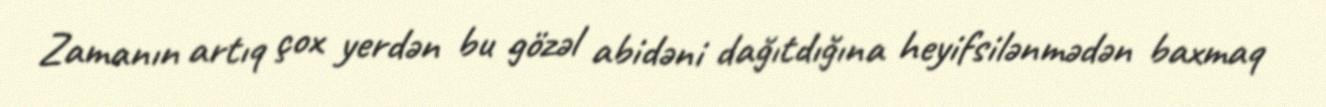
Zamanın artıq çox yerdən bu gözəl abidəni dağıtdığına heyifsilənmədən baxmaq